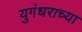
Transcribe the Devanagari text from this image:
युगंधराच्या